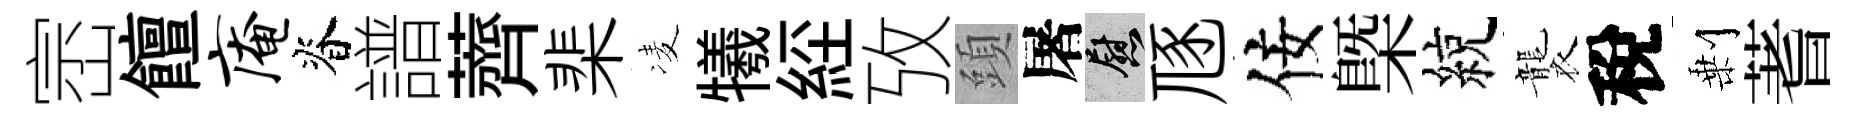
崈饘庵脊譜薺棐凌犧𦀇攷頭屠慰豗佞槩綂襲稅剰蓍